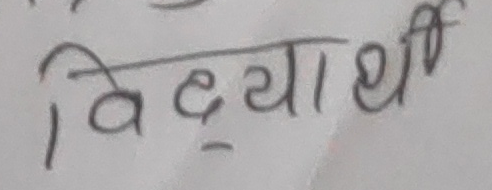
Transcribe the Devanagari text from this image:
विद्यार्थी